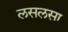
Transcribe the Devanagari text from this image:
लसलसा